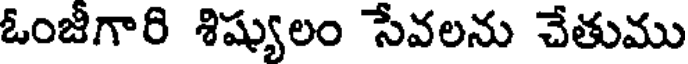
ఓంజీగారి శిష్యులం సేవలను చేతుము